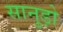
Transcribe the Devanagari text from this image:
सानुड़ो